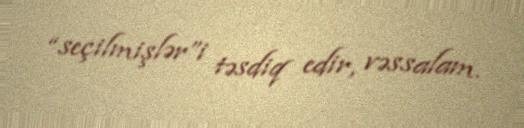
“seçilmişlər”i təsdiq edir, vəssalam.